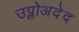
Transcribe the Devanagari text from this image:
उप्लोअदेद